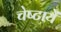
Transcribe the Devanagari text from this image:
चेष्‍टायें